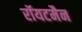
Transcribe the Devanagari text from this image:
रॉयटमैन